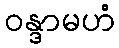
ဝန္ဒာမဟံ